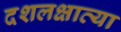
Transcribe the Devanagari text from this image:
दशलक्षाव्या